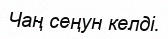
Чаң сеңун келдi.